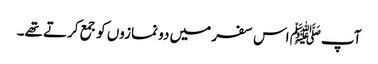
آپﷺ اس سفر میں دو نمازوں کو جمع کرتے تھے۔